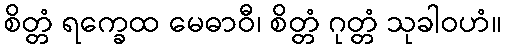
စိတ္တံ ရက္ခေထ မေဓာဝီ၊ စိတ္တံ ဂုတ္တံ သုခါဝဟံ။